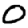
Digit: 0